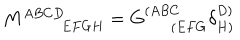
M _ { \qquad \, E F G H } ^ { A B C D } = G _ { \quad \ \, ( E F G } ^ { ( A B C } \delta _ { H ) } ^ { D ) } \label D